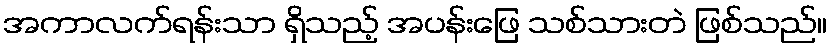
အကာလက်ရန်းသာ ရှိသည့် အပန်းဖြေ သစ်သားတဲ ဖြစ်သည်။